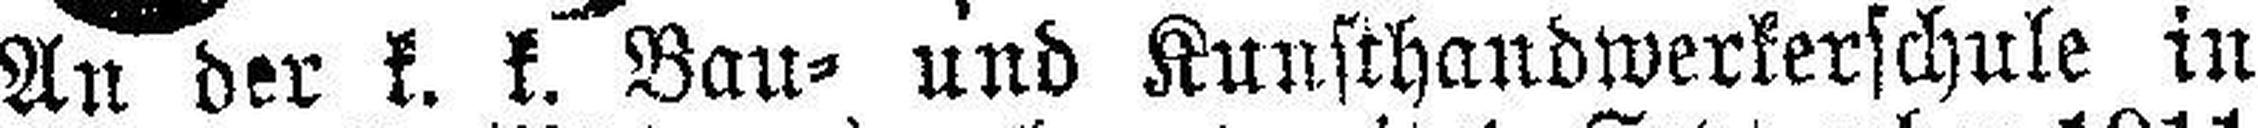
An der k. k. Bau- und Kunsthandwerkerschule in